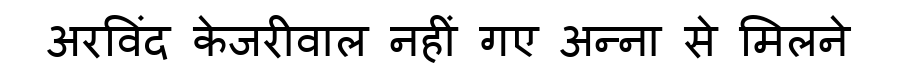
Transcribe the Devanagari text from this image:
अरविंद केजरीवाल नहीं गए अन्ना से मिलने